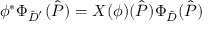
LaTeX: \phi ^ { * } \Phi _ { \hat { D } ^ { ' } } ( \hat { P } ) = X ( \phi ) ( \hat { P } ) \Phi _ { \hat { D } } ( \hat { P } )